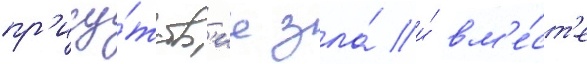
пр'ису́тств'ие зла́ и́ вм'е́ст'е